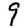
Digit: 9